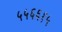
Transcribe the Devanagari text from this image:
५५६६१५